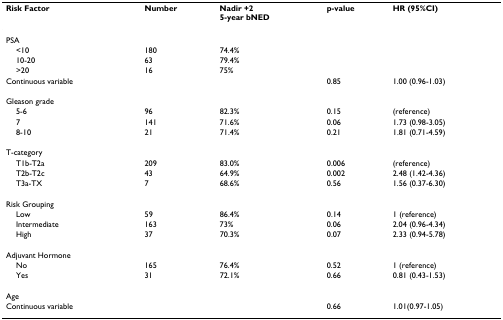
| Risk Factor | Number | Nadir +25-year bNED | p-value | HR (95%CI) |
 | --- | --- | --- | --- | --- |
 | PSA |  |  |  |  |
 | <10 | 180 | 74.4% |  |  |
 | 10-20 | 63 | 79.4% |  |  |
 | >20 | 16 | 75% |  |  |
 | Continuous variable |  |  | 0.85 | 1.00 (0.96-1.03) |
 | Gleason grade |  |  |  |  |
 | 5-6 | 96 | 82.3% | 0.15 | (reference) |
 | 7 | 141 | 71.6% | 0.06 | 1.73 (0.98-3.05) |
 | 8-10 | 21 | 71.4% | 0.21 | 1.81 (0.71-4.59) |
 | T-category |  |  |  |  |
 | T1b-T2a | 209 | 83.0% | 0.006 | (reference) |
 | T2b-T2c | 43 | 64.9% | 0.002 | 2.48 (1.42-4.36) |
 | T3a-TX | 7 | 68.6% | 0.56 | 1.56 (0.37-6.30) |
 | Risk Grouping |  |  |  |  |
 | Low | 59 | 86.4% | 0.14 | 1 (reference) |
 | Intermediate | 163 | 73% | 0.06 | 2.04 (0.96-4.34) |
 | High | 37 | 70.3% | 0.07 | 2.33 (0.94-5.78) |
 | Adjuvant Hormone |  |  |  |  |
 | No | 165 | 76.4% | 0.52 | 1 (reference) |
 | Yes | 31 | 72.1% | 0.66 | 0.81 (0.43-1.53) |
 | Age |  |  |  |  |
 | Continuous variable |  |  | 0.66 | 1.01(0.97-1.05) |